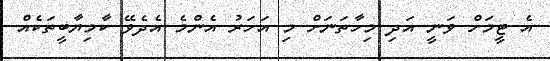
އެ ޓީމަށް ވަނީ އަދި މިހާތަނަށް މި އަހަރު އެންމެ އެދެވޭ ކާމިޔާބީތަކެއް